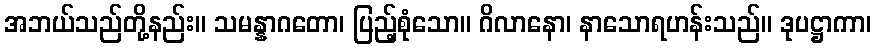
အဘယ်သည်တို့နည်း။ သမန္နာဂတော၊ ပြည့်စုံသော။ ဂိလာနော၊ နာသောရဟန်းသည်။ ဒုပဋ္ဌာကာ၊